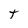
Character: t